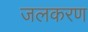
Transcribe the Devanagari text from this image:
जलकरण